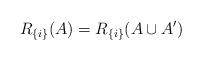
LaTeX: \begin{align*}R_{\{i\}}(A)=R_{\{i\}}(A\cup A')\end{align*}